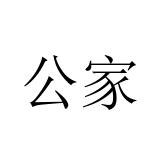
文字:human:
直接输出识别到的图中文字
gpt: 公家